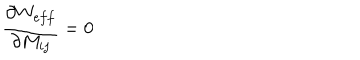
\frac { \partial W _ { e f f } } { \partial M _ { i j } } = 0